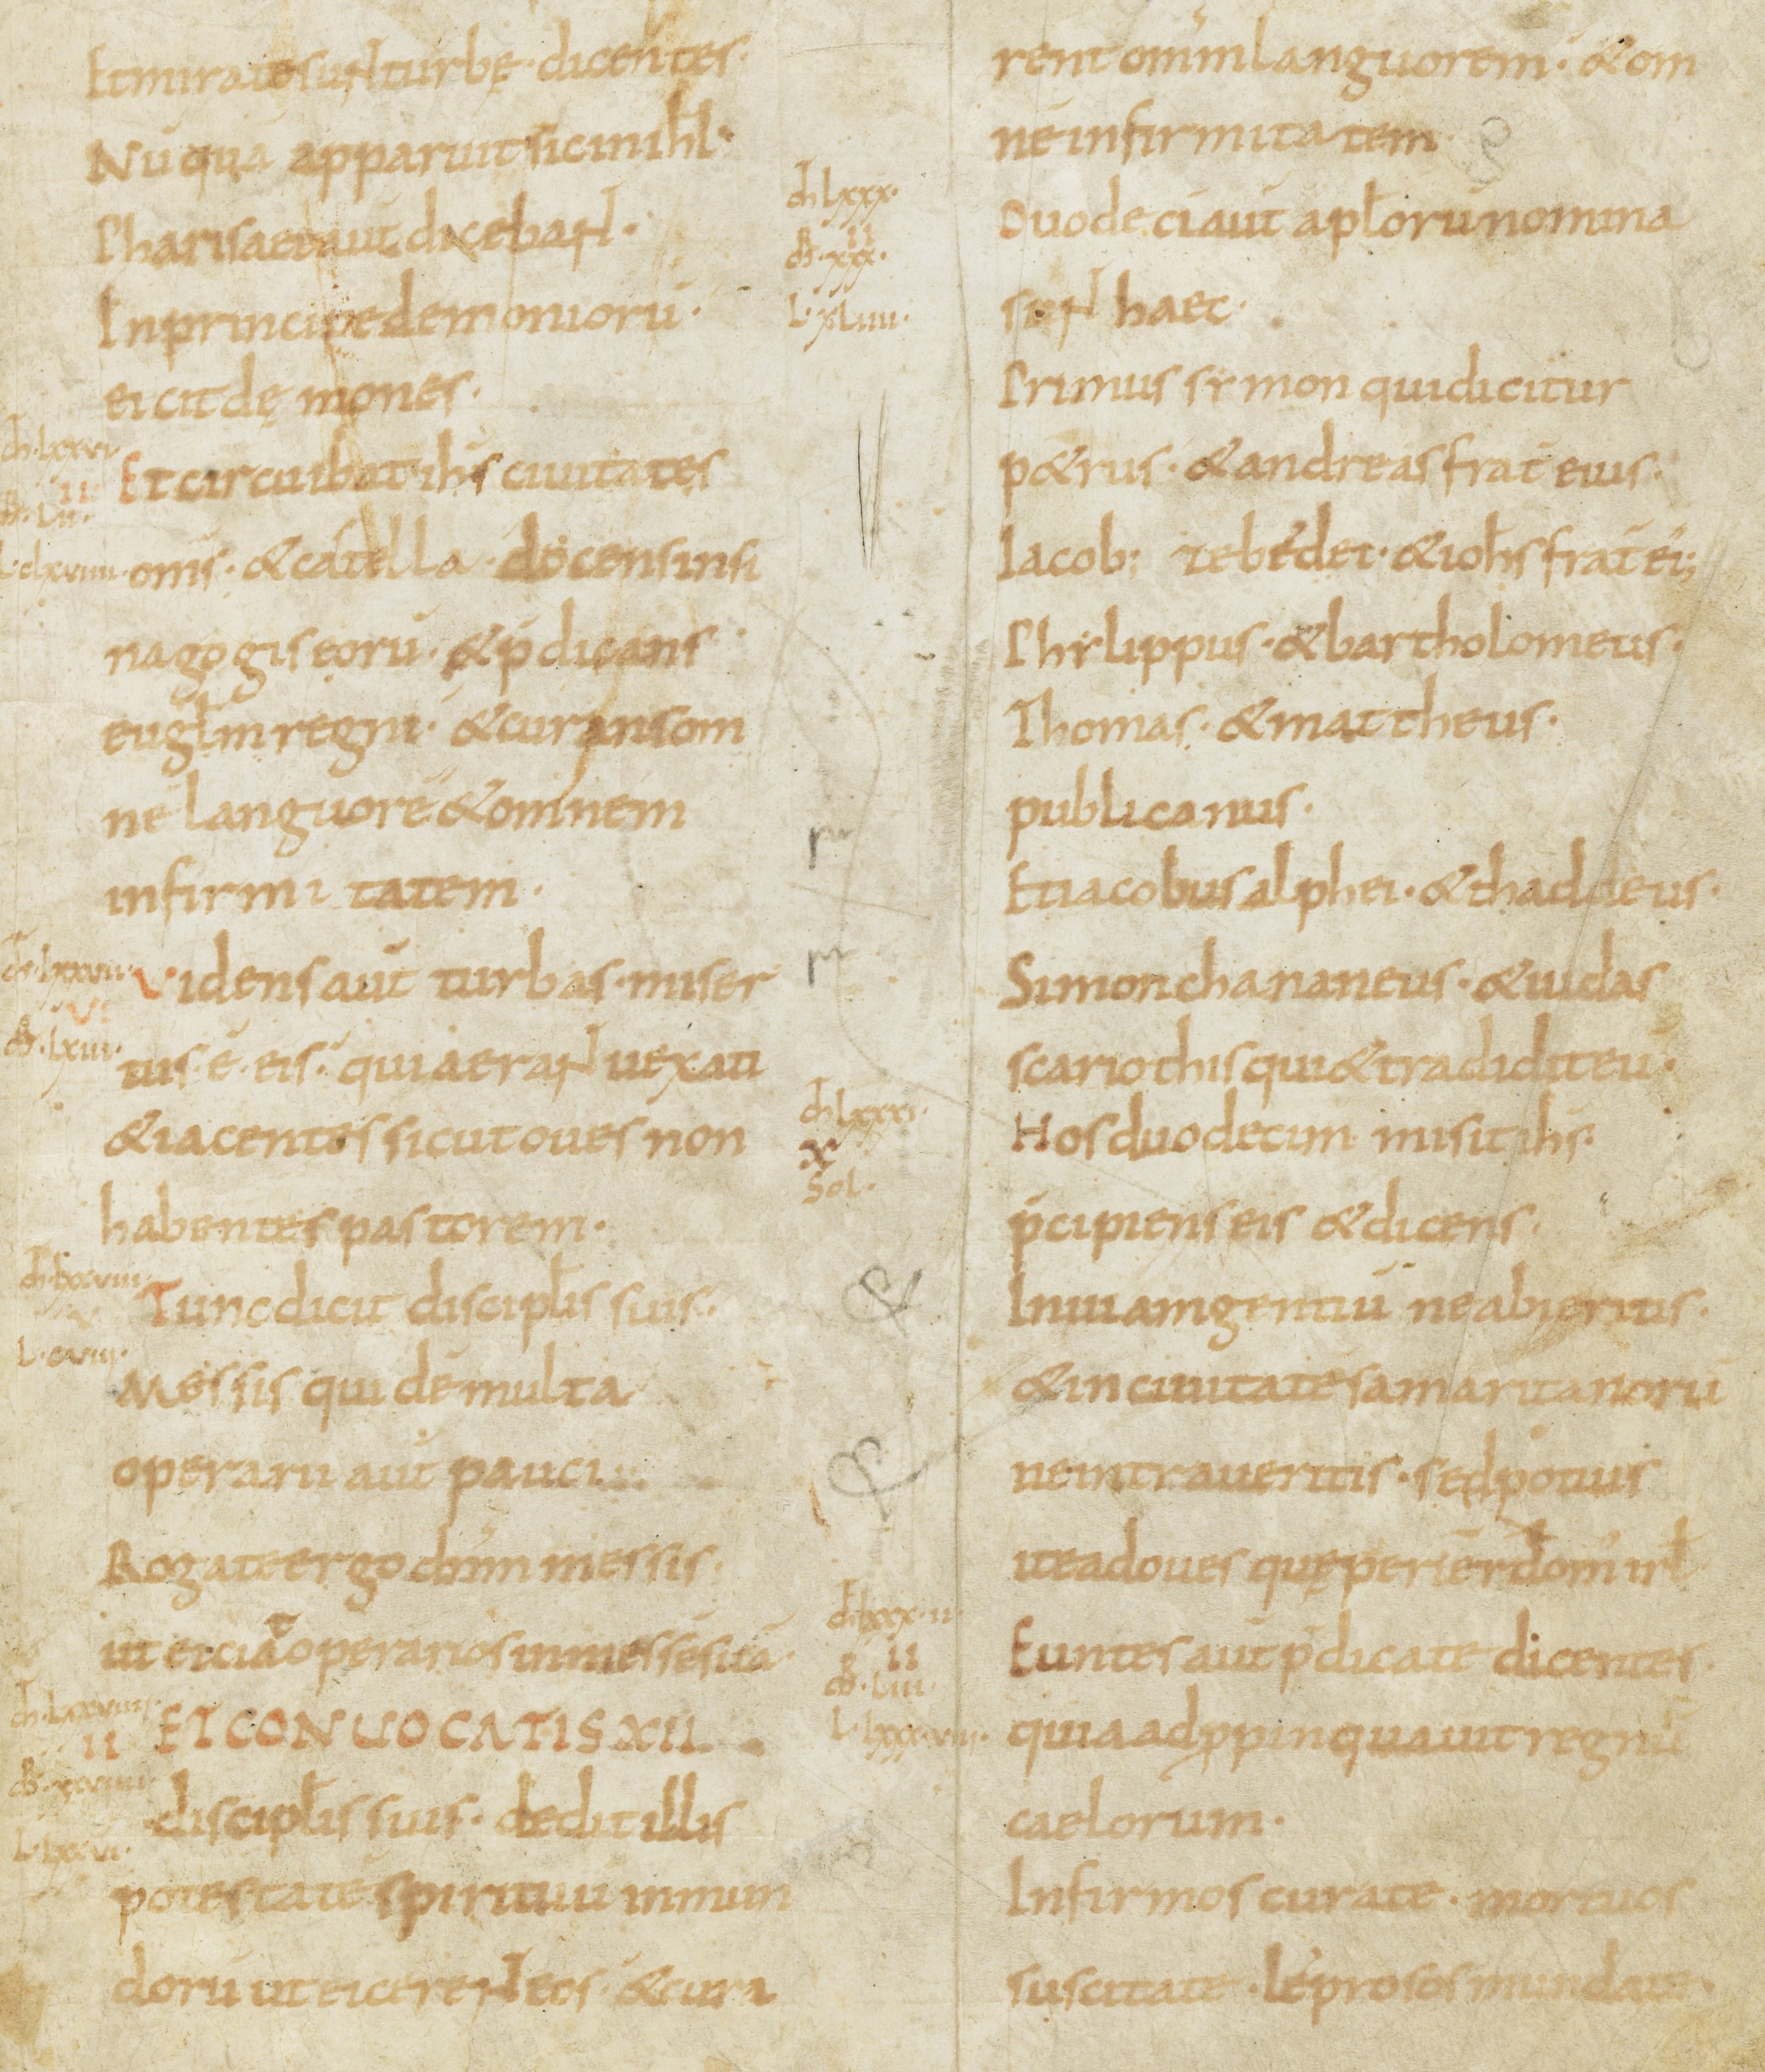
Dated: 800–899